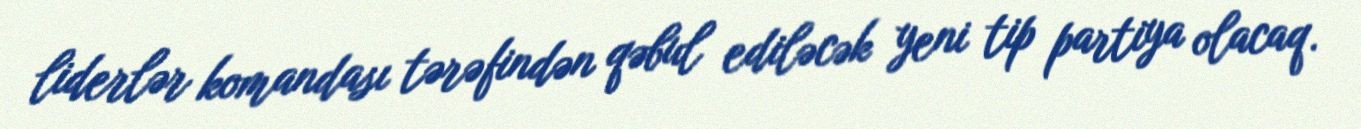
liderlər komandası tərəfindən qəbul ediləcək yeni tip partiya olacaq.